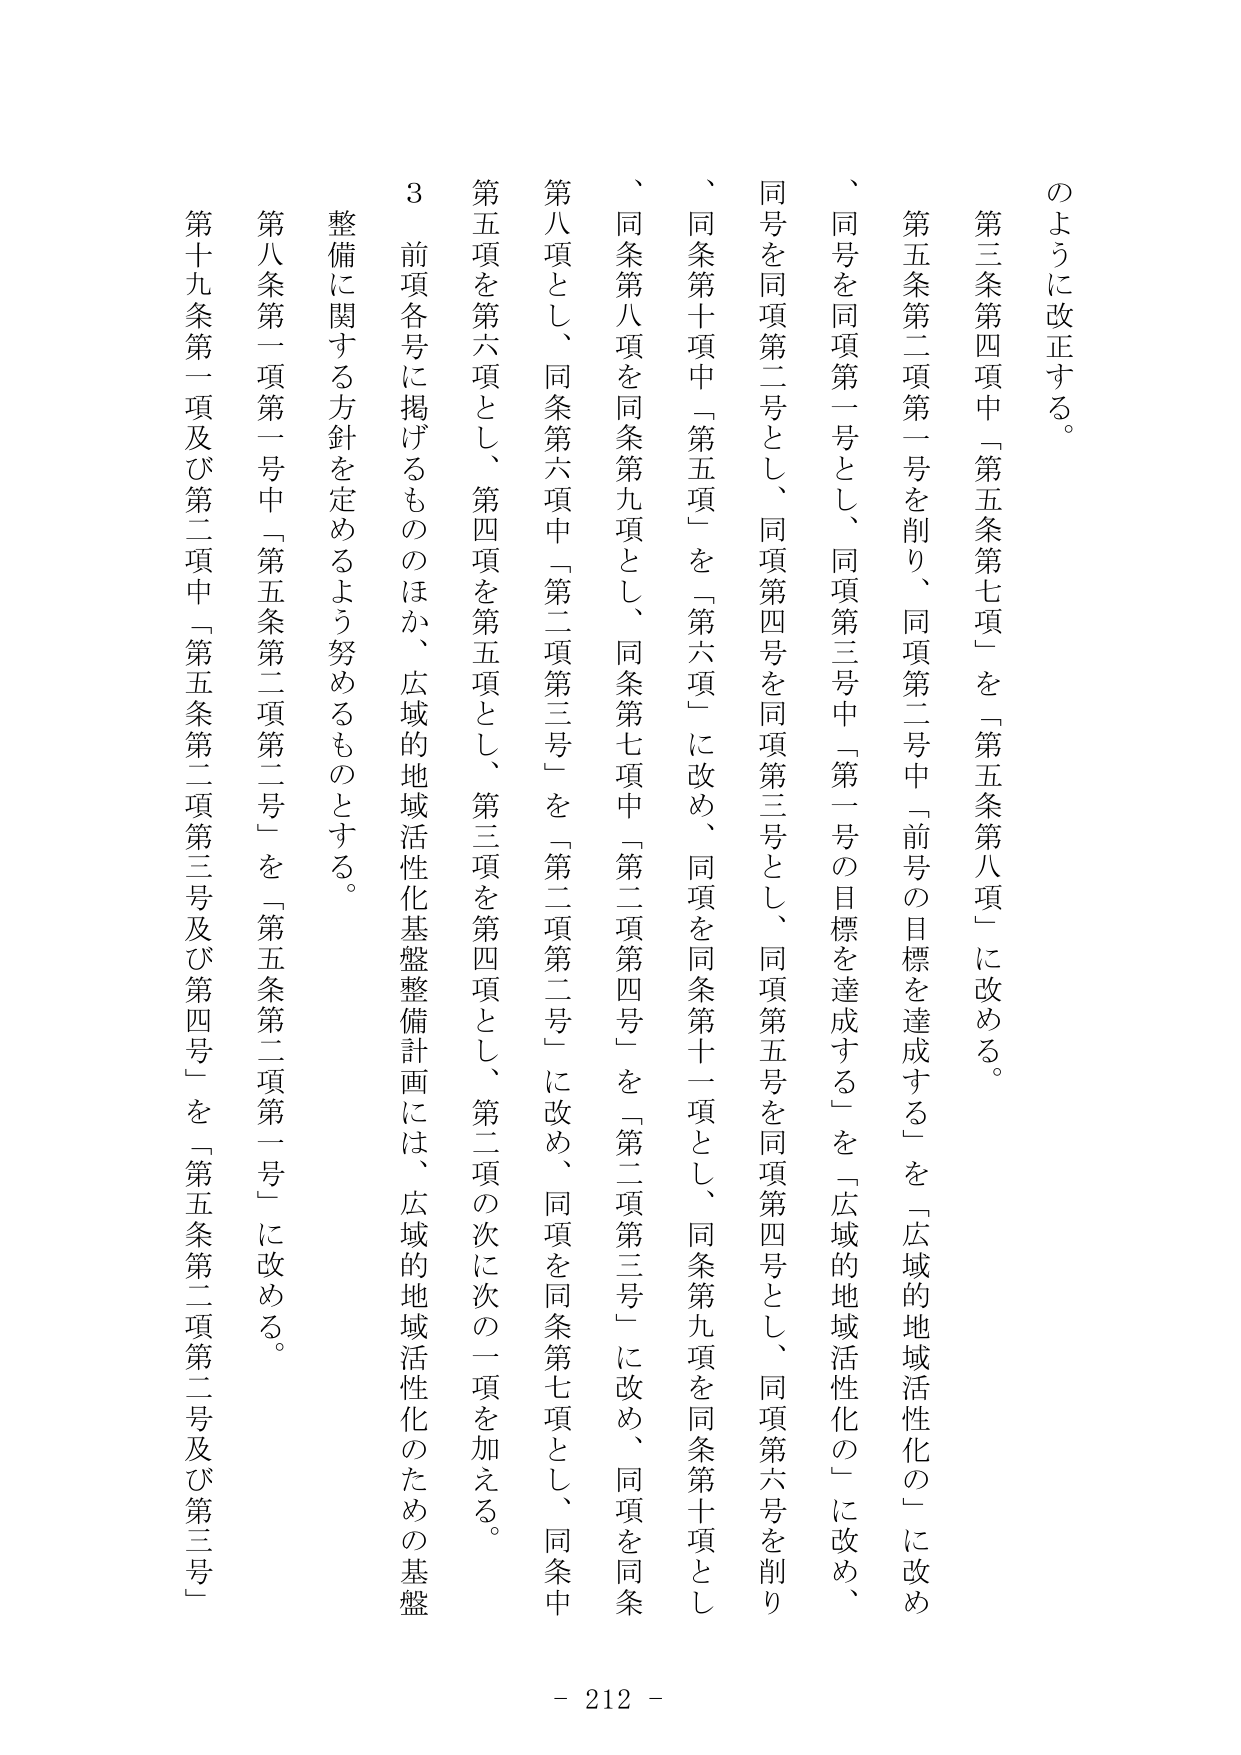
のよう に改正する。

第三条第四項中「第五条第七項」を「第五条第八項」に改める。

第五条第二項第一号を削り、同項第二号中「前号の目標を達成する」を「広域的地域活性化の」に改め、同号を同項第一号とし、同項第三号中「第一号の目標を達成する」を「広域的地域活性化の」に改め、同号を同項第二号とし、同項第四号を同項第三号とし、同項第五号を同項第四号とし、同項第六号を削り、同条第十項中「第五項」を「第六項」に改め、同項を同条第十一項とし、同条第九項を同条第十項とし、同条第八項を同条第九項とし、同条第七項中「第二項第四号」を「第二項第三号」に改め、同項を同条第八項とし、同条第六項中「第二項第三号」を「第二項第二号」に改め、同項を同条第七項とし、同条中第五項を第六項とし、第四項を第五項とし、第三項を第四項とし、第二項の次に次の一項を加える。

３ 前項各号に掲げるもののほか、広域的地域活性化基盤整備計画には、広域的地域活性化のための基盤整備に関する方針を定めるよう努めるものとする。

第八条第一項第一号中「第五条第二項第二号」を「第五条第二項第一号」に改める。

第十九条第一項及び第二項中「第五条第二項第三号及び第四号」を「第五条第二項第二号及び第三号」

- 212 -